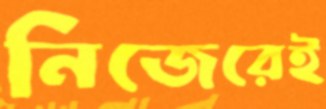
নিজেরেই